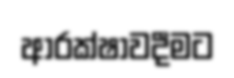
ආරක්ෂාවදීමට